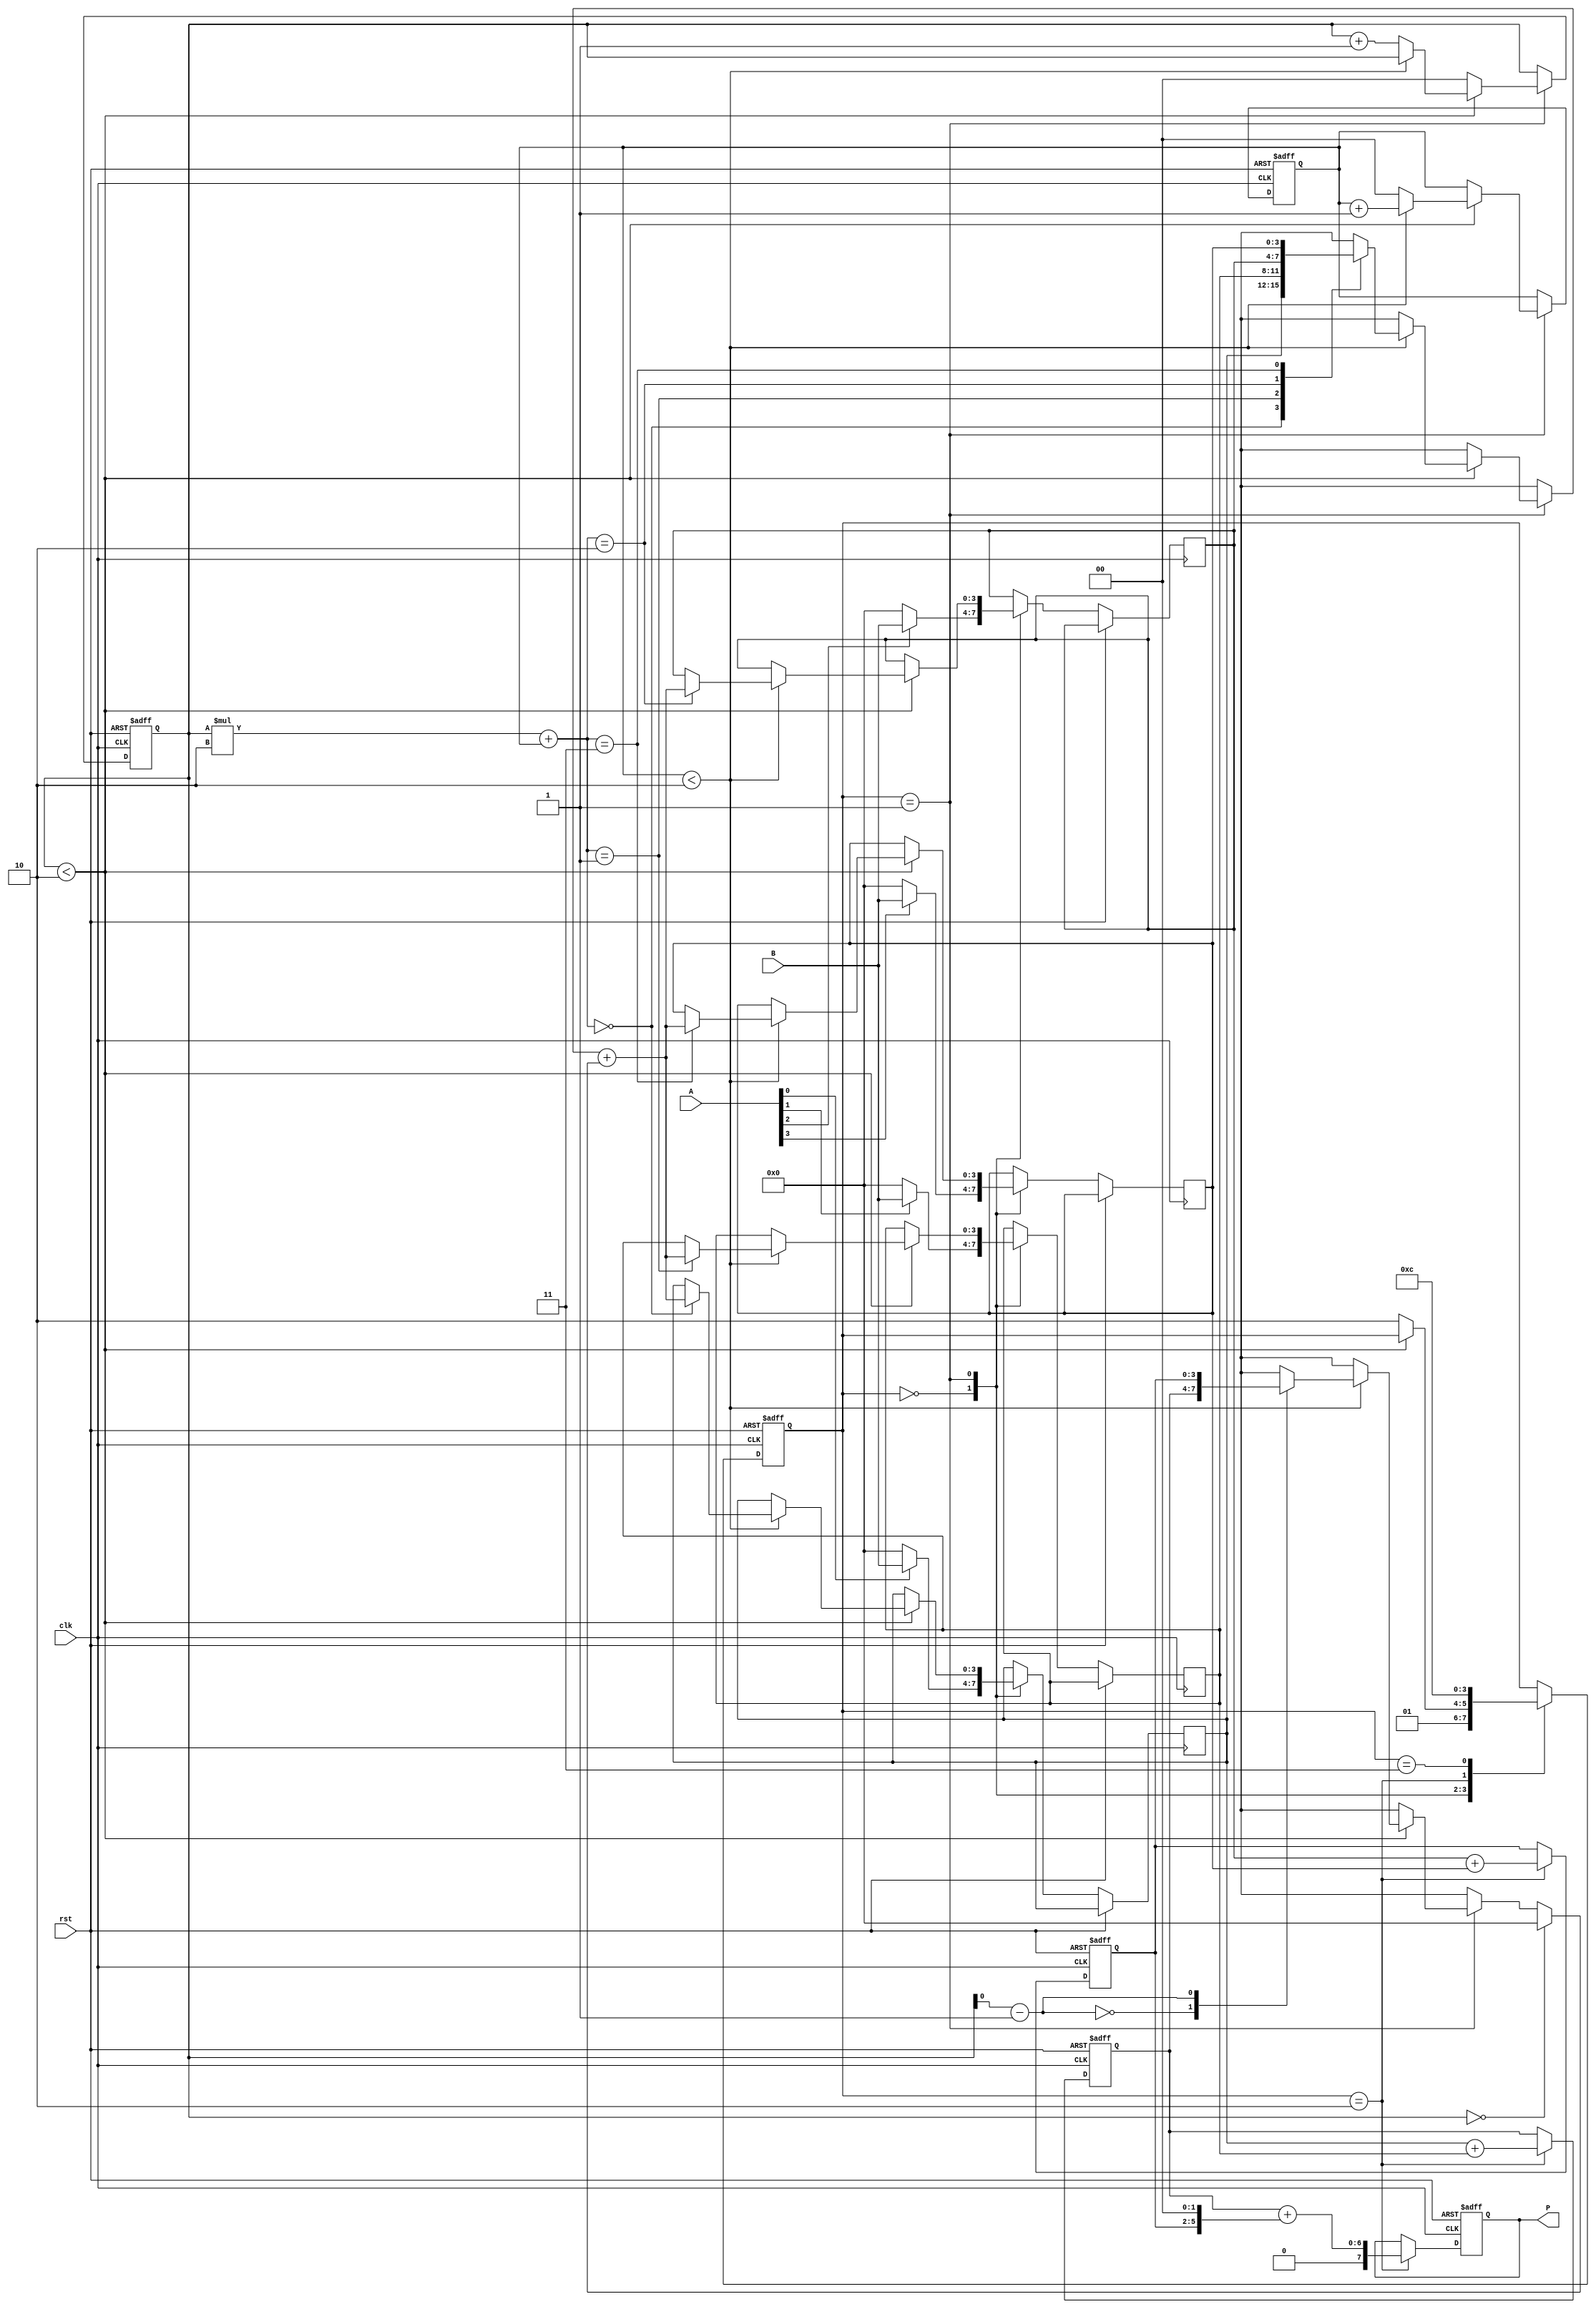
module systolic_multiplier (
    input wire clk,
    input wire rst,
    input wire [3:0] A,  // 4-bit input A
    input wire [3:0] B,  // 4-bit input B
    output reg [7:0] P    // 8-bit output Product
);

    // Processing Elements (PEs)
    reg [3:0] PE [1:0][1:0]; // 2x2 array of PEs
    reg [3:0] partial_product [1:0]; // Intermediate results from each row

    // Control signals
    reg [1:0] state; // FSM state
    reg [1:0] row, col; // PE row and column indices

    // FSM states
    localparam IDLE = 2'b00,
               LOAD = 2'b01,
               COMPUTE = 2'b10,
               ACCUMULATE = 2'b11;

    // Reset and initialization
    always @(posedge clk or posedge rst) begin
        if (rst) begin
            P <= 0;
            state <= IDLE;
            row <= 0;
            col <= 0;
            partial_product[0] <= 0;
            partial_product[1] <= 0;
        end else begin
            case (state)
                IDLE: begin
                    // Load inputs into the first PE
                    PE[0][0] <= A[0] ? B : 0; // Multiply least significant bit of A with B
                    PE[0][1] <= A[1] ? B : 0; // Multiply second bit of A with B
                    PE[1][0] <= A[2] ? B : 0; // Multiply third bit of A with B
                    PE[1][1] <= A[3] ? B : 0; // Multiply most significant bit of A with B
                    state <= LOAD;
                end
                
                LOAD: begin
                    // Shift data through the PEs
                    if (row < 2) begin
                        if (col < 2) begin
                            PE[row][col] <= PE[row][col] + (row == 0 ? 0 : partial_product[row - 1]);
                            col <= col + 1;
                        end else begin
                            col <= 0;
                            row <= row + 1;
                        end
                    end else begin
                        row <= 0;
                        state <= COMPUTE;
                    end
                end
                
                COMPUTE: begin
                    // Accumulate results from PEs
                    partial_product[0] <= PE[0][0] + PE[0][1];
                    partial_product[1] <= PE[1][0] + PE[1][1];
                    P <= partial_product[0] + (partial_product[1] << 2); // Shift for correct position
                    state <= ACCUMULATE;
                end
                
                ACCUMULATE: begin
                    // Finalize the product
                    state <= IDLE; // Go back to IDLE state for next operation
                end
            endcase
        end
    end
endmodule